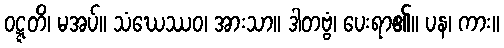
ဝဋ္ဋတိ၊ မအပ်။ သံဃေဿဝ၊ အားသာ။ ဒါတဗ္ဗံ၊ ပေးရာ၏။ ပန၊ ကား။